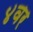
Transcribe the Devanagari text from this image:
४वर